Lunatic asylums Madras 1877-1891 - 1877-1891
Year: 1877
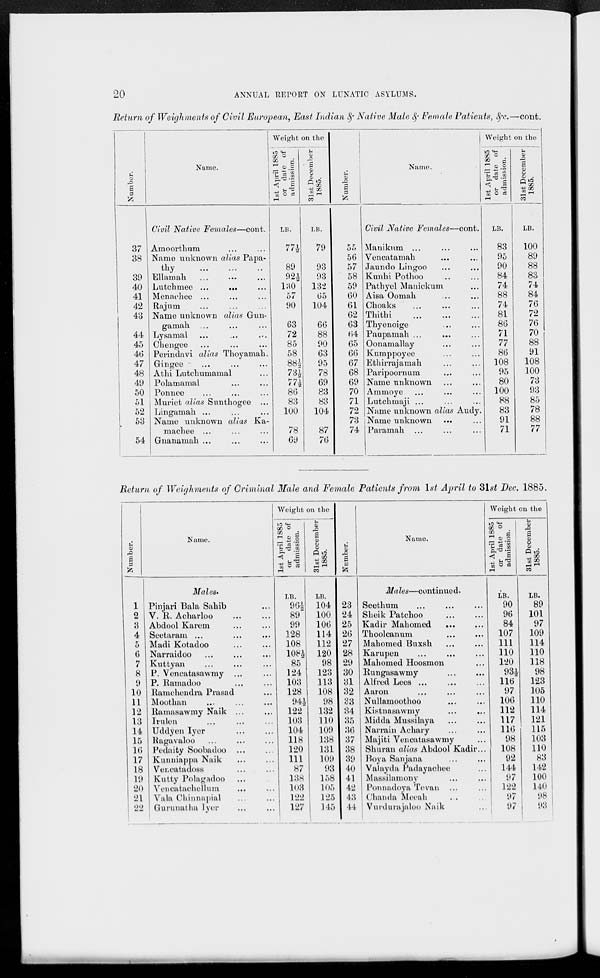
20
ANNUAL REPORT ON LUNATIC ASYLUMS.
Return of Weighments of Civil European, East Indian & Native Male & Female Patients, &c.—cont.
Number.
1
37
38
39
40
41
42
43
44
45
46
47
48
49
50
51
52
53
54
Name.
Civil Native Females—cont.
Amoorthum ... ...
Name unknown alias Papa-
thy ... ... ...
Ellamah ... ... ...
Lutchmee ... ... ...
Menachee ... ... ...
Rajum ... ... ...
Name unknown alias Gun-
gamah ... ... ...
Lysamal ...
...
...
Chengee ... ... ...
Perindavi alias Thoyamah.
Gingee ... ... ...
Athi Lutchumamal ...
Polamamal ... ...
Ponnee ... ... ...
Muriet alias Sunthogee ...
Lingamah ... ... ...
Name unknown alias Ka-
machee ... ... ...
Gnanamah ... ... ...
Weight on the
1st April 1885
or date of
admission.
LB.
77½
89
92½
130
57
90
63
72
85
58
88½
73½
77½
86
83
100
78
69
31st December
1885.
LB.
79
93
93
132
65
104
66
88
90
63
95
78
69
83
83
104
87
76
Number.
55
56
57
58
59
60
61
62
63
64
65
66
67
68
69
70
71
72
73
74
Name.
Civil Native Females—cont.
Manikum ... ... ...
Vencatamah ... ...
Jaundo Lingoo ... ...
Kunhi Pothoo ... ...
Pathyel Manickum ...
Aisa Oomah ... ...
Choaks ... ... ...
Thithi ... ... ...
Thyenoige ... ...
Paupamah ... ... ...
Oonamallay ... ...
Kumppoyee ... ...
Ethirrajamah ... ...
Paripoornum ... ...
Name unknown ... ...
Ammoye ... ... ...
Lutchmaji ... ... ...
Name unknown alias Audy.
Name unknown ... ...
Paramah ... ... ...
Weight on the
1st April 1885
or date of
admission.
LB.
83
95
90
84
74
88
74
81
86
71
77
86
108
95
80
100
88
83
91
71
31st December
1885.
LB.
100
89
88
83
74
84
76
72
76
70
88
91
108
100
73
93
85
78
88
77
Return of Weighments of Criminal Male and Female Patients from 1st April to 31st Dec. 1885.
Number.
1
2
3
4
5
6
7
8
9
10
11
12
13
14
15
16
17
18
19
20
21
22
Name.
Males.
Pinjari Bala Sahib ...
V. R. Acharloo ... ...
Abdool Karem ... ...
Seetaram ...
...
...
Madi Kotadoo ... ...
Narraidoo ... ... ...
Kuttyan ... ... ...
P. Vencatasawmy ... ...
P. Ramadoo ... ...
Ramchendra Prasad ...
Moothan ... ... ...
Ramasawmy Naik ... ...
Irulen ... ... ...
Uddyen Iyer ... ...
Ragavaloo ... ... ...
Pedaity Soobadoo ... ...
Kunniappa Naik ... ...
Vencatadoss ... ...
Kutty Polagadoo ... ...
Vencatachellum ... ...
Vala Chinnapial ... ...
Gurunatha Iyer ... ...
Weight on the
1st April 1885
or date of
admission.
LB.
96½
89
99
128
108
108½
85
124
103
128
94½
122
103
104
118
120
111
87
138
103
122
127
31st December
1885.
LB.
104
100
106
114
112
120
98
123
113
108
98
132
110
109
138
131
109
93
158
105
125
145
Number.
23
24
25
26
27
28
29
30
31
32
33
34
35
36
37
38
39
40
41
42
43
44
Name.
Males—continued.
Seethum ... ... ...
Sheik Patchoo ... ...
Kadir Mahomed ... ...
Thoolcanum ... ...
Mahomed Buxsh ... ...
Karupen ... ... ...
Mahomed Hoosmon ...
Rungasawmy ... ...
Alfred Lees ... ... ...
Aaron ... ... ...
Nullamoothoo ... ...
Kistnasawmy ... ...
Midda Mussilaya ... ...
Narrain Achary ... ...
Majiti Vencatasawmy ...
Shuran alias Abdool Kadir...
Boya Sanjana ... ...
Valayda Padayachee ...
Massilamony ... ...
Ponnadoya Tevan ... ...
Chanda Meeah ... ...
Vurdurajaloo Naik ...
Weight on the
1st April 1885
or date of
admission.
LB.
90
96
84
107
111
110
120
93½
116
97
106
112
117
116
98
108
92
144
97
122
97
97
31st December
1885.
LB.
89
101
97
109
114
110
118
98
123
105
110
114
121
115
103
110
83
142
100
140
98
93